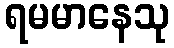
ရမမာနေသု